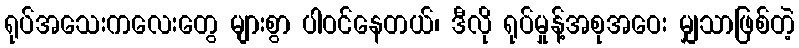
ရုပ်အသေးကလေးတွေ များစွာ ပါဝင်နေတယ်၊ ဒီလို ရုပ်မှုန့်အစုအဝေး မျှသာဖြစ်တဲ့